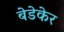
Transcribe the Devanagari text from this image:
बेडेकेर